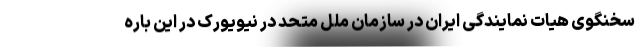
سخنگوی هیات نمایندگی ایران در سازمان ملل متحد در نیویورک در این باره